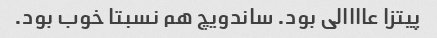
پیتزا عاااالی بود. ساندویچ هم نسبتا خوب بود.